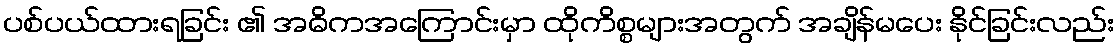
ပစ်ပယ်ထားရခြင်း ၏ အဓိကအကြောင်းမှာ ထိုကိစ္စများအတွက် အချိန်မပေး နိုင်ခြင်းလည်း